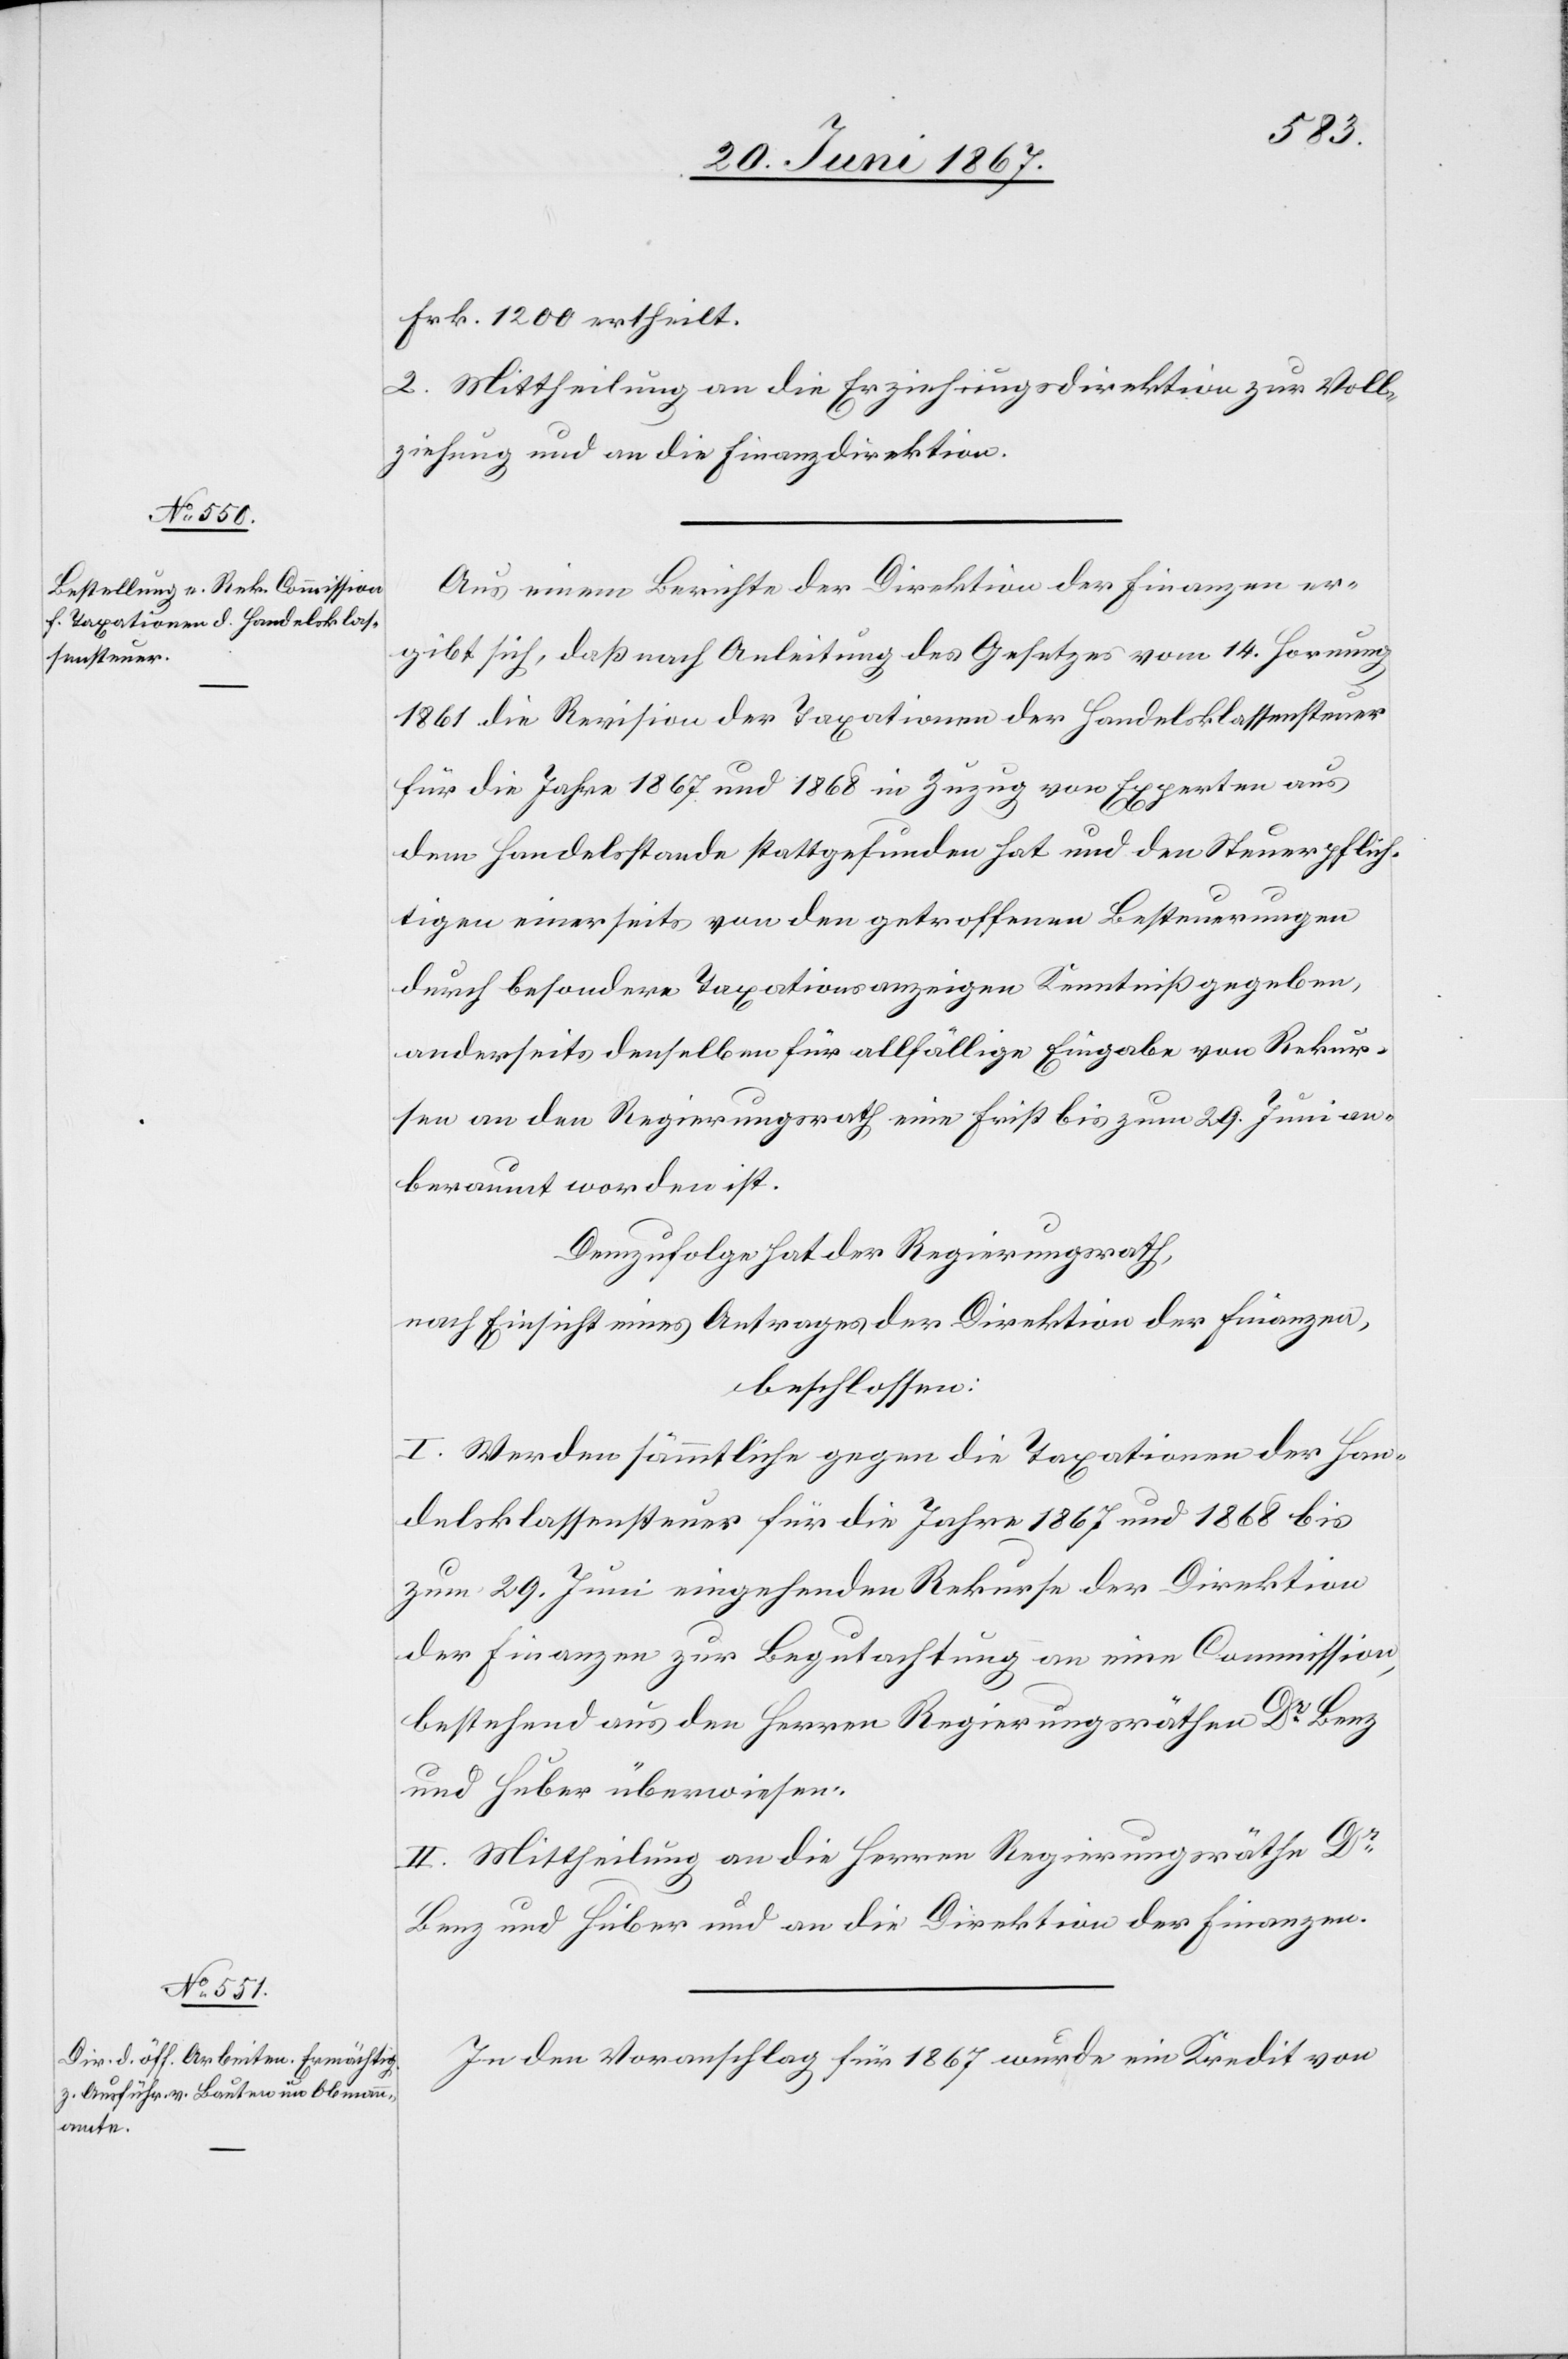
Frk. 1200 ertheilt.
2. Mittheilung an die Erziehungsdirektion zur Voll¬
ziehung und an die Finanzdirektion.
Aus einem Berichte der Direktion der Finanzen er¬
gibt sich, daß nach Anleitung des Gesetzes vom 14. Hornung
1861 die Revision der Taxationen der Handelsklassensteuer
für die Jahre 1867 und 1868 in Zuzug von Experten aus
dem Handelsstande stattgefunden hat und den Steuerpflich¬
tigen einerseits von den getroffenen Besteuerungen
durch besondere Taxationsanzeigen Kenntniß gegeben,
anderseits denselben für allfällige Eingabe von Rekur¬
sen an den Regierungsrath eine Frist bis zum 29. Juni an¬
beraumt worden ist.
Demzufolge hat der Regierungsrath,
nach Einsicht eines Antrages der Direktion der Finanzen,
beschlossen:
I. Werden sämmtliche gegen die Taxationen der Han¬
delsklassensteuer für die Jahr 1867 und 1868 bis
zum 29. Juni eingegebenen Rekurse der Direktion
der Finanzen zur Begutachtung von eine Commission,
bestehend aus den Herren Regierungsräthen Dr. Benz
und Huber überwiesen.
II. Mittheilung an die Herrn Regierungsräthe Dr.
Benz und Huber und an die Direktion der Finanzen.
In den Voranschlag für 1867 wurde ein Kredit von